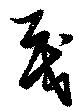
戞